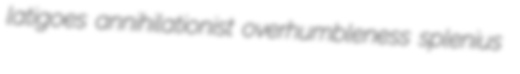
latigoes annihilationist overhumbleness splenius